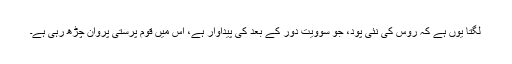
لگتا یوں ہے کہ روس کی نئی پود، جو سوویت دور کے بعد کی پیداوار ہے، اُس میں قوم پرستی پروان چڑھ رہی ہے۔